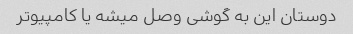
دوستان این به گوشی وصل میشه یا کامپیوتر